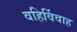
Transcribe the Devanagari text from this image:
वहिर्विवाह